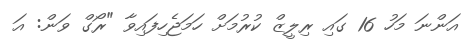
އަންނަ މަހު 16 ގައި ރިލީޒް ކުރުމަށް ހަމަޖެހިފައިވާ "ރޯގް ވަން: އަ